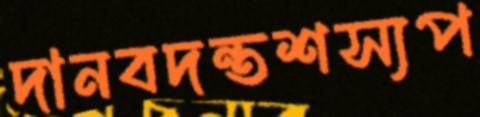
দানবদন্তশস্যপ